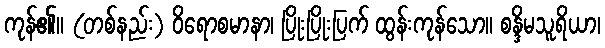
ကုန်၏။ (တစ်နည်း) ဝိရောစမာနာ၊ ပြိုးပြိုးပြက် ထွန်းကုန်သော။ စန္ဒိမသူရိယာ၊